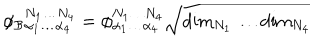
LaTeX: \phi _ { \mathcal { B } } { } _ { \alpha _ { 1 } \ldots \alpha _ { 4 } } ^ { N _ { 1 } \ldots N _ { 4 } } = \phi _ { \alpha _ { 1 } \ldots \alpha _ { 4 } } ^ { N _ { 1 } \ldots N _ { 4 } } \sqrt { \mathrm { d i m } _ { N _ { 1 } } \ldots \mathrm { d i m } _ { N _ { 4 } } }